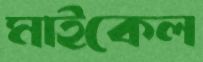
মাইকেল